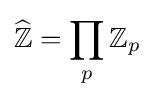
{\widehat {\mathbb {Z} }}=\prod _{p}\mathbb {Z} _{p}